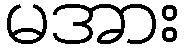
မအား